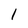
Character: 1